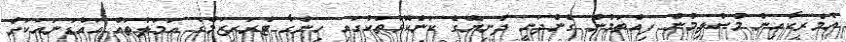
އެމެރިކާއިން މުސްލިމުން ފިއްތަމުން ގެންދަނީ ދުނިޔޭގެ ކަންކޮޅުތަކުގައި ހިންގާ ޓެރަރިޒަމްގެ އަމަލުތައް އައްޑަނައަކަށް